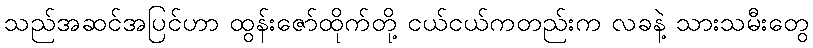
သည်အဆင်အပြင်ဟာ ထွန်းဇော်ထိုက်တို့ ငယ်ငယ်ကတည်းက လခနဲ့ သားသမီးတွေ